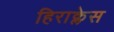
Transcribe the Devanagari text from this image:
हिराक्लेस